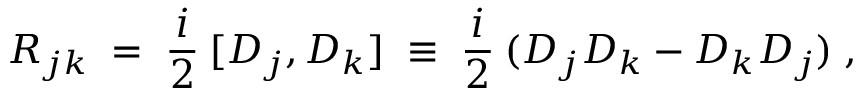
R _ { j k } \; = \; \frac { i } { 2 } \: [ D _ { j } , D _ { k } ] \; \equiv \; \frac { i } { 2 } \: ( D _ { j } D _ { k } - D _ { k } D _ { j } ) \; ,